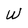
Character: W